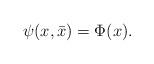
LaTeX: \begin{align*}\psi(x, \bar{x}) = \Phi(x).\end{align*}